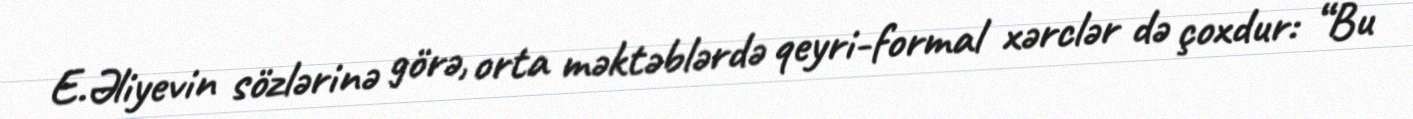
E.Əliyevin sözlərinə görə, orta məktəblərdə qeyri-formal xərclər də çoxdur: “Bu